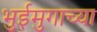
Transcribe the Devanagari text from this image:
भुईमुगाच्या